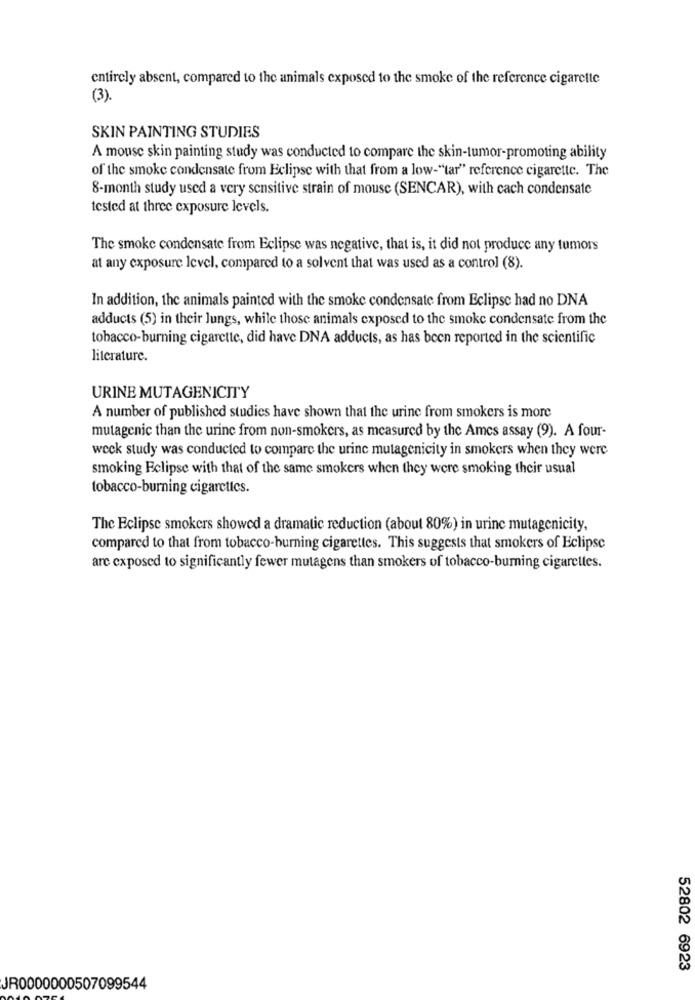
entirely absent, compared to the animals exposed to the smoke of the reference cigarette
(3).
SKIN PAINTING STUDIES
A mouse skin painting study was conducted to compare the skin-tumor-promoting ability
of the smoke condensate from Eclipse with that from a low-"tar" reference cigarette. The
8-month study used a very sensitive strain of mouse (SENCAR), with cach condensate
tested at three exposure levels.
The smoke condensate from Eclipse was negative, that is, it did not produce any tumors
at any exposure level, compared to a solvent that was used as a control (8).
In addition, the animals painted with the smoke condensate from Eclipse had no DNA
adducts (5) in their Jungs, while those animals exposed to the smoke condensate from the
tobacco-burning cigarette, did have DNA adducts, as has been reported in the scientific
literature.
URINE MUTAGENICITY
A number of published studies have shown that the urine from smokers is more
mutagenic than the urine from non-smokers, as measured by the Ames assay (9). A four-
weck study was conducted to compare the urine mutagenicity in smokers when they were
smoking Eclipse with that of the same smokers when they were smoking their usual
tobacco-burning cigarctics.
The Eclipse smokers showed a dramatic reduction (about 80%) in urine mutagenicity,
compared to that from tobacco-burning cigarettes. This suggests that smokers of Eclipse
are exposed to significantly fewer mutagens than smokers of tobacco-burning cigarettes.
52802 6923
JR0000000507099544